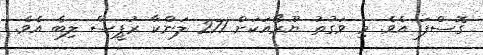
ގޮސްފަ އެވެ. މި ވަގުތު ޔޫރޯއަކަށް 271 ލަންކާ ރުޕީސް ލިބެ އެވެ.